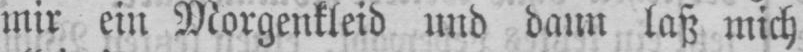
mir ein Morgenkleid und dann laß mich